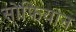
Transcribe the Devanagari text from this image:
सोफियान